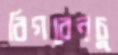
বিগবেনচু